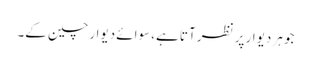
جو ہر دیوار پر نظر آتا ہے، سوائے دیوار چین کے۔